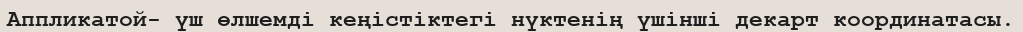
Аппликатой- үш өлшемді кеңістіктегі нүктенің үшінші декарт координатасы.